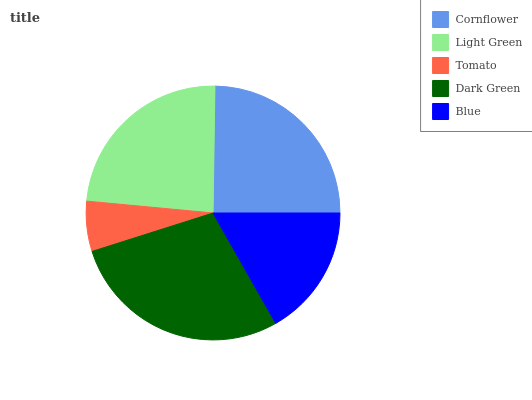
| Cornflower | Light Green | Tomato | Dark Green | Blue |
 | --- | --- | --- | --- | --- |
 | 24.8% | 23.7% | 6.38% | 28.3% | 16.7% |